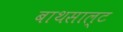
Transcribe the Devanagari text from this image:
बाथसाल्ट